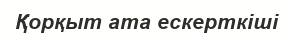
Қорқыт ата ескерткіші